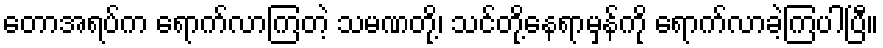
တောအရပ်က ရောက်လာကြတဲ့ သမဏတို့၊ သင်တို့နေရာမှန်ကို ရောက်လာခဲ့ကြပါပြီ။